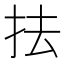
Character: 抾